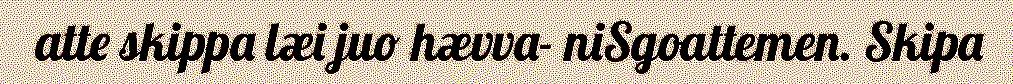
atte skippa læi juo hævva- niSgoattemen. Skipa